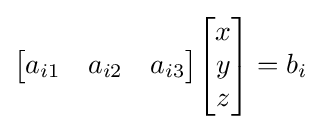
{\begin{bmatrix}a_{i1}&a_{i2}&a_{i3}\end{bmatrix}}{\begin{bmatrix}x\\y\\z\end{bmatrix}}=b_{i}